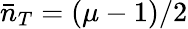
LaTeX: \bar{n}_{T}=(\mu-1)/2